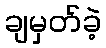
ချမှတ်ခဲ့